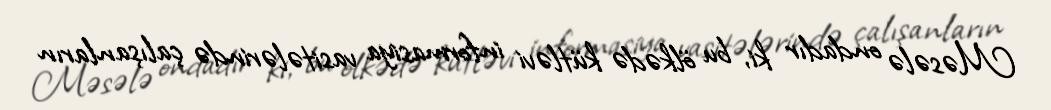
Məsələ ondadır ki, bu ölkədə kütləvi informasiya vasitələrində çalışanların